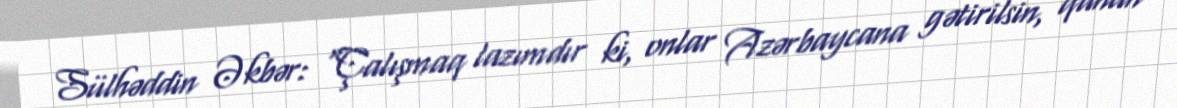
Sülhəddin Əkbər: “Çalışmaq lazımdır ki, onlar Azərbaycana gətirilsin, qanun